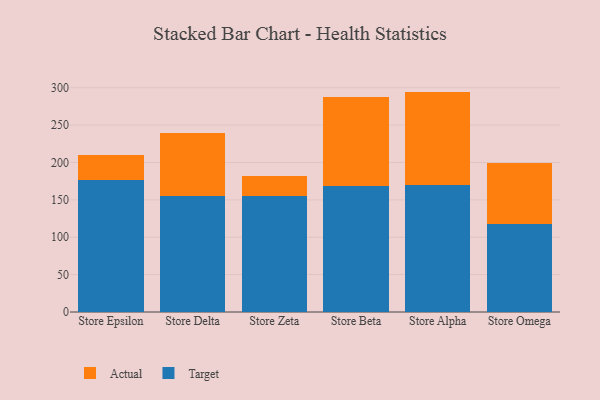
{"axis": {"x": "Store", "y": "Customer Acquisition Cost (USD)"}, "legend": ["Actual", "Target"], "data": [{"x": "Store Epsilon", "y": 176.3, "type": "Target"}, {"x": "Store Epsilon", "y": 33.1, "type": "Actual"}, {"x": "Store Delta", "y": 154.7, "type": "Target"}, {"x": "Store Delta", "y": 84.3, "type": "Actual"}, {"x": "Store Zeta", "y": 155.1, "type": "Target"}, {"x": "Store Zeta", "y": 27.4, "type": "Actual"}, {"x": "Store Beta", "y": 169.2, "type": "Target"}, {"x": "Store Beta", "y": 118.3, "type": "Actual"}, {"x": "Store Alpha", "y": 170.4, "type": "Target"}, {"x": "Store Alpha", "y": 124.4, "type": "Actual"}, {"x": "Store Omega", "y": 118.3, "type": "Target"}, {"x": "Store Omega", "y": 80.5, "type": "Actual"}]}